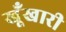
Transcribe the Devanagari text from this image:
खूँखारी